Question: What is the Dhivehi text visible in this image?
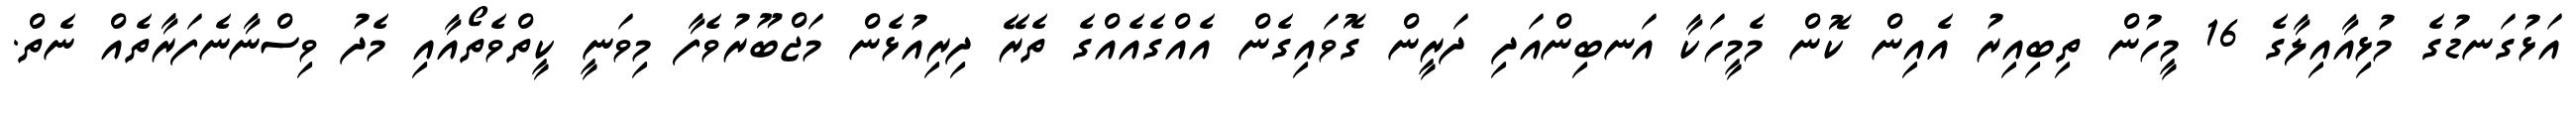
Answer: އަޅުގަނޑުގެ މުޅިއާއިލާގެ 16 މީހުން ތިބިއިރު އެއިން ކޮން މެމީހަކާ އަނބިންއަދި ދަރީން ގޮވައިގެން އެއްގެއެއްގެ ތެރޭ ދިރިއުޅެން މަޖްބޫރުވެފާ މިވަނީ ކީތްވެތޯއާއި މެދު ވިސްނާނެފަރާތެއް ނެތް.